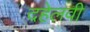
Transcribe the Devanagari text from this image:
दहेलवी